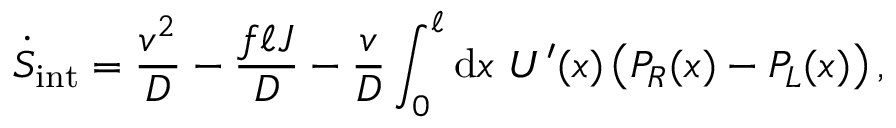
\dot { S } _ { \mathrm { i n t } } = \frac { v ^ { 2 } } { D } - \frac { f \ell J } { D } - \frac { v } { D } \int _ { 0 } ^ { \ell } \mathrm { d } x ~ U ^ { \prime } ( x ) \left( P _ { R } ( x ) - P _ { L } ( x ) \right) ,